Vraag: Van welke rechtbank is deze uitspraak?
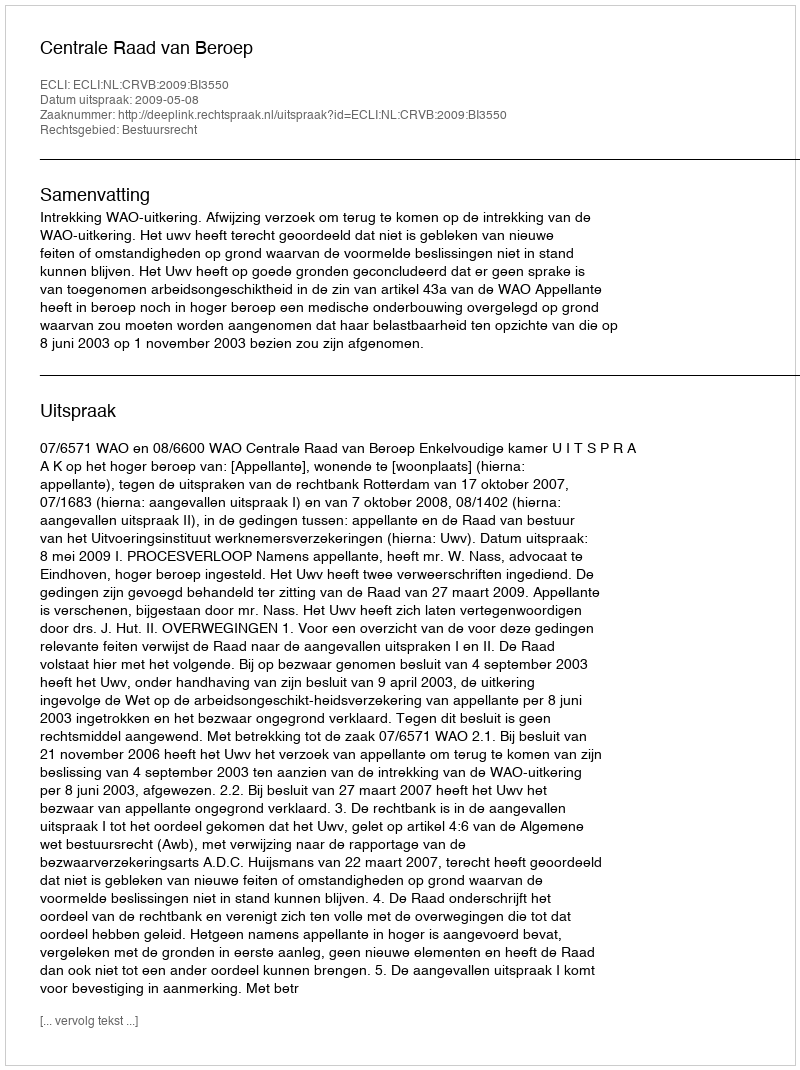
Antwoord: Centrale Raad van Beroep